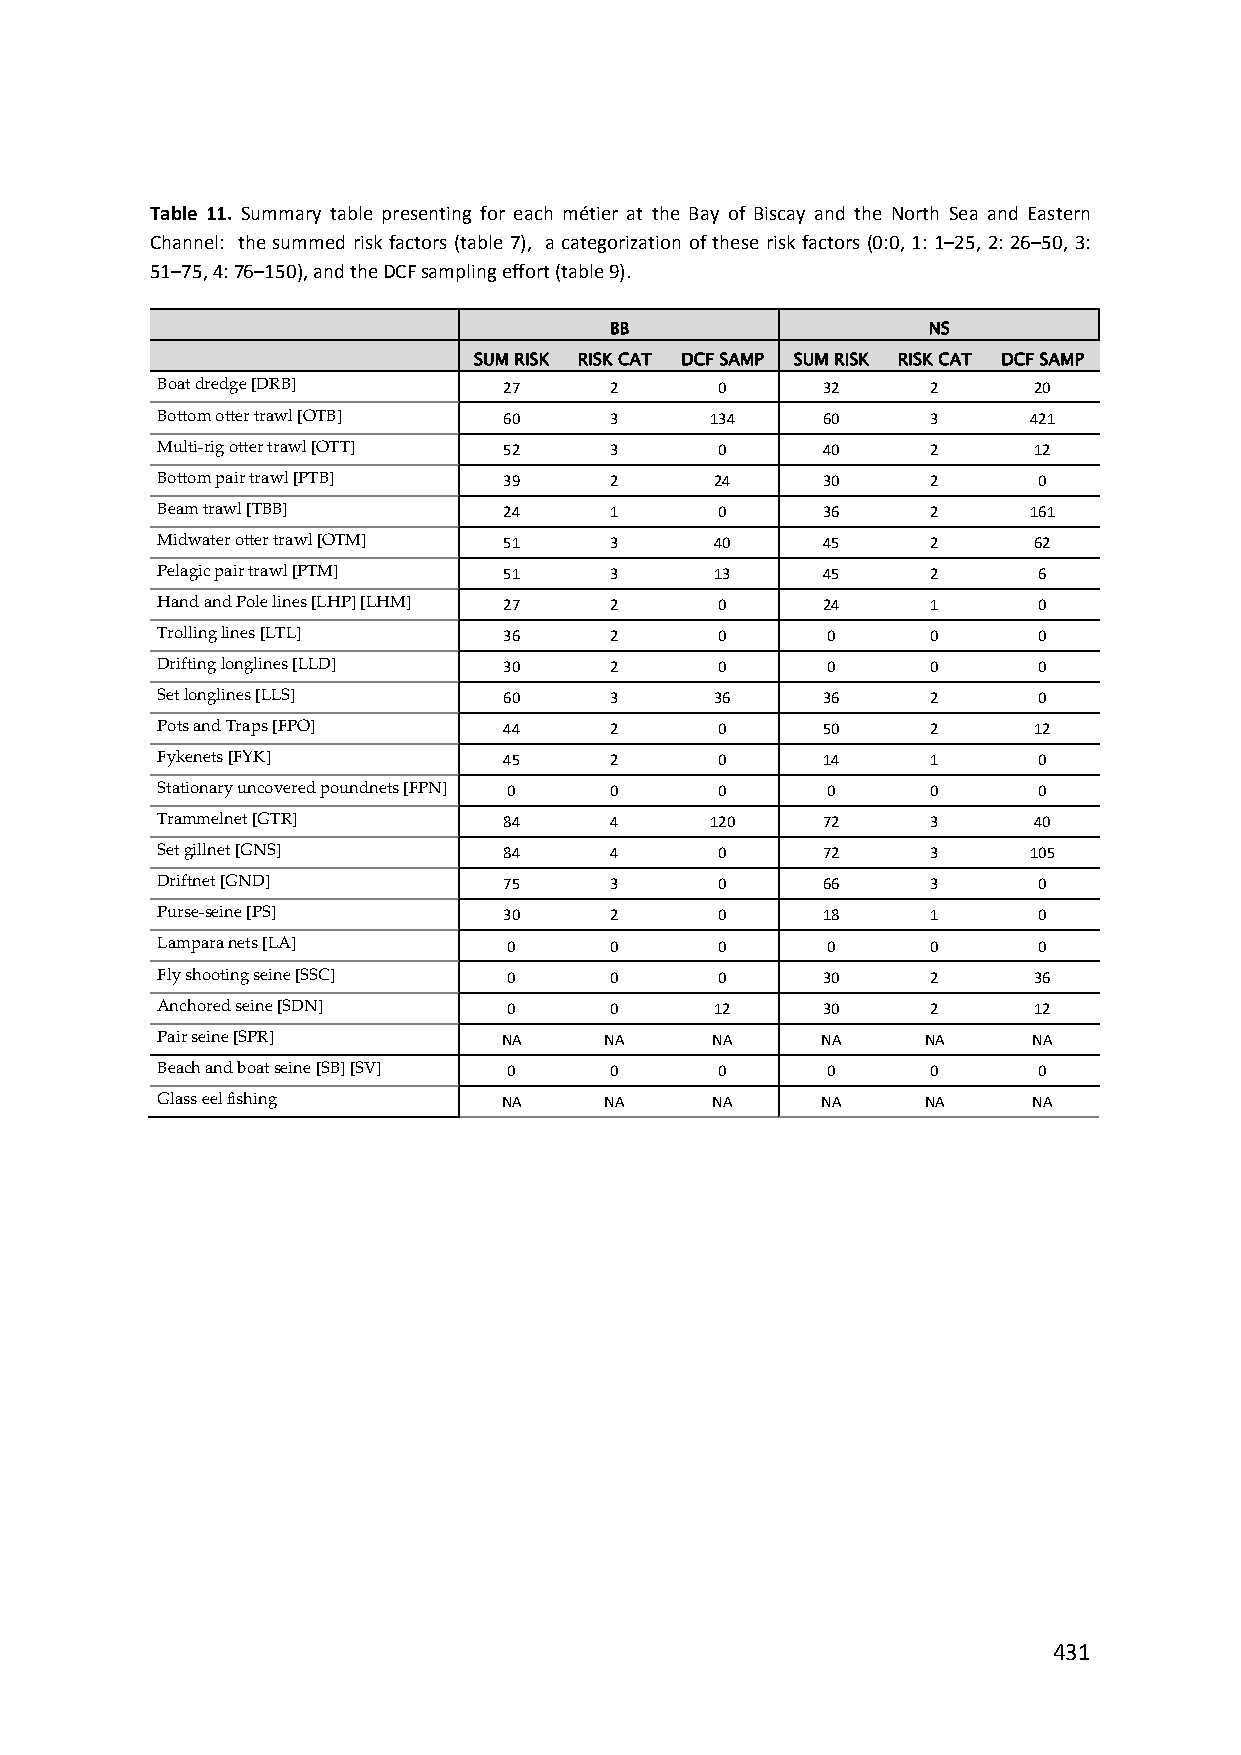
Table 11. Summary table presenting for each métier at the Bay of Biscay and the North Sea and Eastern
 Channel: the summed risk factors (table 7), a categorization of these risk factors (0:0, 1: 1–25, 2: 26–50, 3:
 51–75, 4: 76–150), and the DCF sampling effort (table 9).
 BB                   NS
 SUM RISK RISK CAT DCF SAMP SUM RISK RISK CAT DCF SAMP
 Boat dredge [DRB]      27     2       0     32      2     20
 Bottom otter trawl [OTB] 60   3      134    60      3     421
 Multi‐rig otter trawl [OTT] 52 3      0     40      2     12
 Bottom pair trawl [PTB] 39    2      24     30      2      0
 Beam trawl [TBB]       24     1       0     36      2     161
 Midwater otter trawl [OTM] 51 3      40     45      2     62
 Pelagic pair trawl [PTM] 51   3      13     45      2      6
 Hand and Pole lines [LHP] [LHM] 27 2  0     24      1      0
 Trolling lines [LTL]   36     2       0      0      0      0
 Drifting longlines [LLD] 30   2       0      0      0      0
 Set longlines [LLS]    60     3      36     36      2      0
 Pots and Traps [FPO]   44     2       0     50      2     12
 Fykenets [FYK]         45     2       0     14      1      0
 Stationary uncovered poundnets [FPN] 0 0 0   0      0      0
 Trammelnet [GTR]       84     4      120    72      3     40
 Set gillnet [GNS]      84     4       0     72      3     105
 Driftnet [GND]         75     3       0     66      3      0
 Purse‐seine [PS]       30     2       0     18      1      0
 Lampara nets [LA]       0     0       0      0      0      0
 Fly shooting seine [SSC] 0    0       0     30      2     36
 Anchored seine [SDN]    0     0      12     30      2     12
 Pair seine [SPR]       NA     NA     NA     NA     NA     NA
 Beach and boat seine [SB] [SV] 0 0    0      0      0      0
 Glass eel fishing      NA     NA     NA     NA     NA     NA
 431